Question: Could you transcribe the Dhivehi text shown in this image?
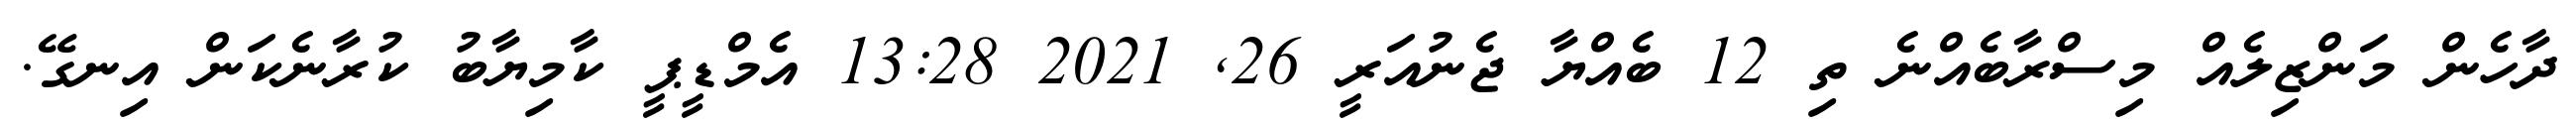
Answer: ދާހެން މަންޒިލެއް މިސްރާބެއްނެ ތި 12 ބެއްޔާ ޖެނުއަރީ 26, 2021 13:28 އެމްޑީޕީ ކާމިޔާބު ކުރާނެކަން އިނގޭ.